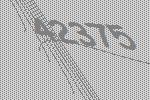
42375